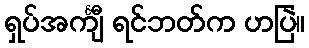
ရှပ်အင်္ကျီ ရင်ဘတ်က ဟပြဲ။